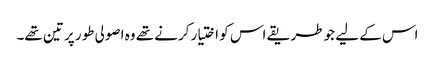
اس کے لیے جو طریقے اس کو اختیار کرنے تھے وہ اصولی طور پر تین تھے۔